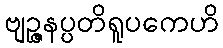
ဗျဉ္ဇနပ္ပတိရူပကေဟိ